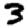
Digit: 3